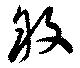
敘